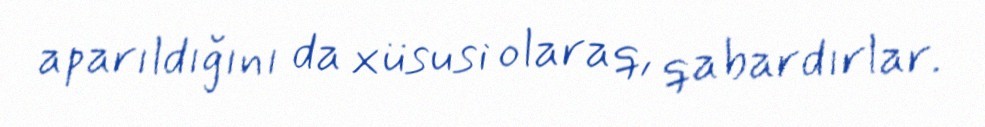
aparıldığını da xüsusi olaraq, qabardırlar.